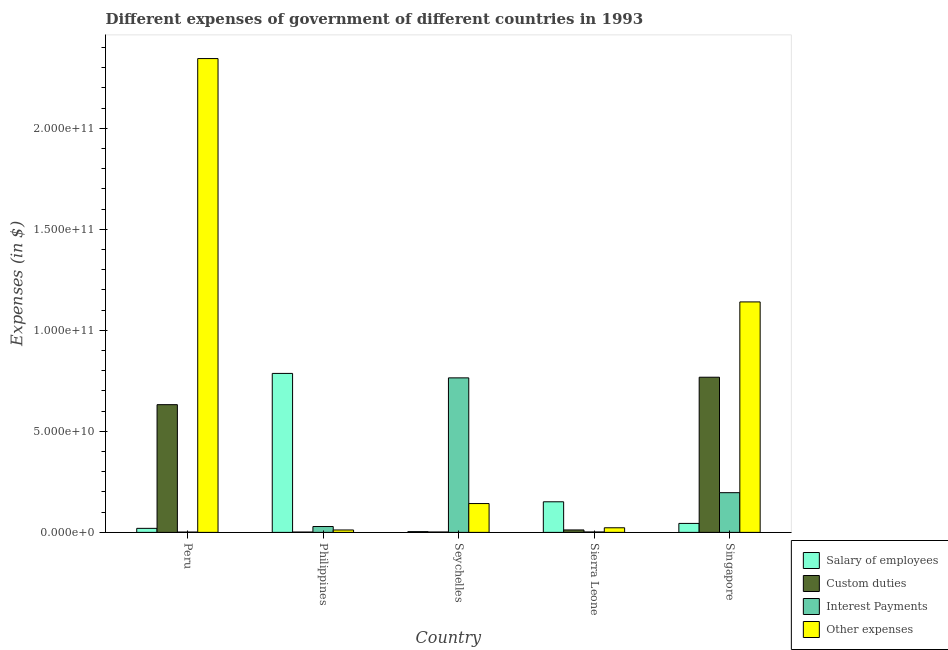
| Country | Salary of employees | Custom duties | Interest Payments | Other expenses |
 | --- | --- | --- | --- | --- |
 | Peru | 2e+09 | 6.32e+10 | 1.57e+08 | 2.35e+11 |
 | Philippines | 7.87e+10 | 1.71e+08 | 2.9e+09 | 1.19e+09 |
 | Seychelles | 3.8e+08 | 1.98e+08 | 7.65e+10 | 1.43e+10 |
 | Sierra Leone | 1.51e+10 | 1.21e+09 | 2.1e+08 | 2.28e+09 |
 | Singapore | 4.44e+09 | 7.68e+10 | 1.97e+10 | 1.14e+11 |